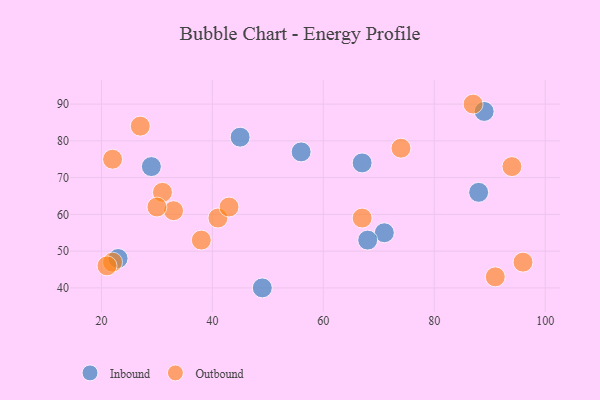
{"axis": {"x": "GDP", "y": "Life Expectancy"}, "legend": ["Inbound", "Outbound"], "data": [{"x": "49", "y": 40, "type": "Inbound"}, {"x": "67", "y": 74, "type": "Inbound"}, {"x": "71", "y": 55, "type": "Inbound"}, {"x": "89", "y": 88, "type": "Inbound"}, {"x": "56", "y": 77, "type": "Inbound"}, {"x": "45", "y": 81, "type": "Inbound"}, {"x": "23", "y": 48, "type": "Inbound"}, {"x": "88", "y": 66, "type": "Inbound"}, {"x": "68", "y": 53, "type": "Inbound"}, {"x": "29", "y": 73, "type": "Inbound"}, {"x": "67", "y": 59, "type": "Outbound"}, {"x": "33", "y": 61, "type": "Outbound"}, {"x": "41", "y": 59, "type": "Outbound"}, {"x": "94", "y": 73, "type": "Outbound"}, {"x": "22", "y": 75, "type": "Outbound"}, {"x": "31", "y": 66, "type": "Outbound"}, {"x": "22", "y": 47, "type": "Outbound"}, {"x": "74", "y": 78, "type": "Outbound"}, {"x": "91", "y": 43, "type": "Outbound"}, {"x": "30", "y": 62, "type": "Outbound"}, {"x": "87", "y": 90, "type": "Outbound"}, {"x": "21", "y": 46, "type": "Outbound"}, {"x": "43", "y": 62, "type": "Outbound"}, {"x": "27", "y": 84, "type": "Outbound"}, {"x": "38", "y": 53, "type": "Outbound"}, {"x": "96", "y": 47, "type": "Outbound"}]}